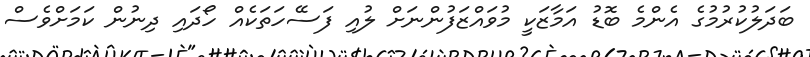
ބަދަލުކުރުމުގެ އެންމެ ބޮޑު އަމާޒަކީ މުވައްޒަފުންނަށް ލުއި ފަސޭހަތަކެއް ހޯދައި ދިނުން ކަމަށްވެސް